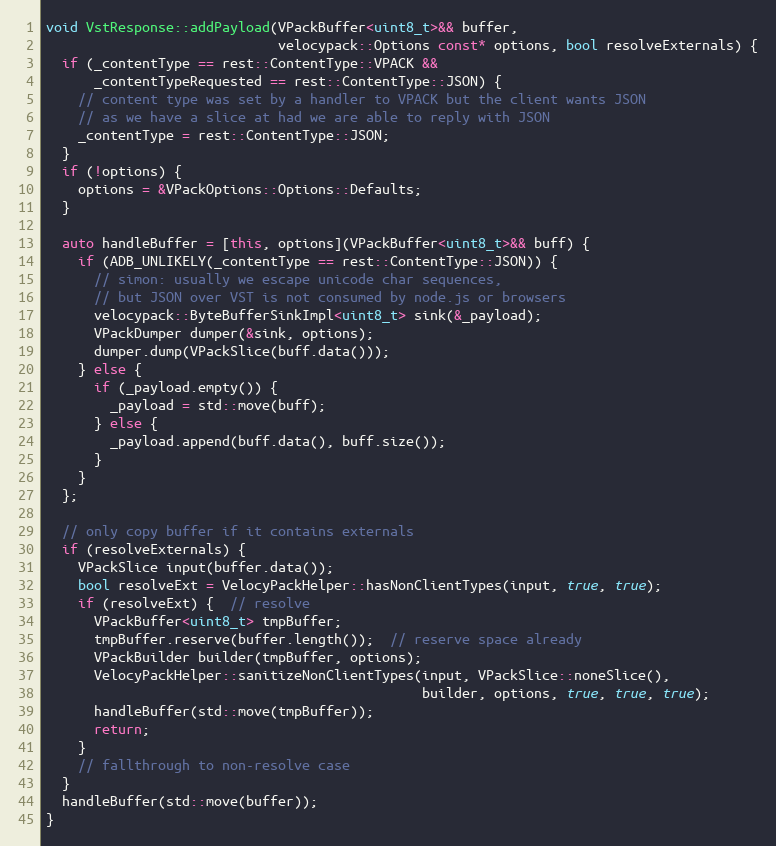
Language: C++
void VstResponse::addPayload(VPackBuffer<uint8_t>&& buffer,
                             velocypack::Options const* options, bool resolveExternals) {
  if (_contentType == rest::ContentType::VPACK &&
      _contentTypeRequested == rest::ContentType::JSON) {
    // content type was set by a handler to VPACK but the client wants JSON
    // as we have a slice at had we are able to reply with JSON
    _contentType = rest::ContentType::JSON;
  }
  if (!options) {
    options = &VPackOptions::Options::Defaults;
  }

  auto handleBuffer = [this, options](VPackBuffer<uint8_t>&& buff) {
    if (ADB_UNLIKELY(_contentType == rest::ContentType::JSON)) {
      // simon: usually we escape unicode char sequences,
      // but JSON over VST is not consumed by node.js or browsers
      velocypack::ByteBufferSinkImpl<uint8_t> sink(&_payload);
      VPackDumper dumper(&sink, options);
      dumper.dump(VPackSlice(buff.data()));
    } else {
      if (_payload.empty()) {
        _payload = std::move(buff);
      } else {
        _payload.append(buff.data(), buff.size());
      }
    }
  };

  // only copy buffer if it contains externals
  if (resolveExternals) {
    VPackSlice input(buffer.data());
    bool resolveExt = VelocyPackHelper::hasNonClientTypes(input, true, true);
    if (resolveExt) {  // resolve
      VPackBuffer<uint8_t> tmpBuffer;
      tmpBuffer.reserve(buffer.length());  // reserve space already
      VPackBuilder builder(tmpBuffer, options);
      VelocyPackHelper::sanitizeNonClientTypes(input, VPackSlice::noneSlice(),
                                               builder, options, true, true, true);
      handleBuffer(std::move(tmpBuffer));
      return;
    }
    // fallthrough to non-resolve case
  }
  handleBuffer(std::move(buffer));
}